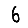
Digit: 6